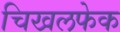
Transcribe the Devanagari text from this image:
चिखलफेक